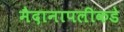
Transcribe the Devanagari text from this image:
मैदानापलीकडे